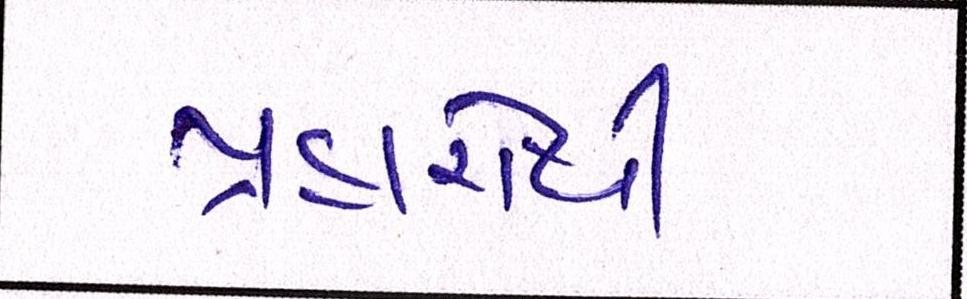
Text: પ્રહારોથી